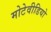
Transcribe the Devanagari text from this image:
मोटेवीडियो